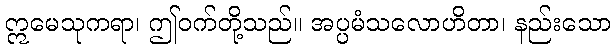
ဣမေသုကရာ၊ ဤဝက်တို့သည်။ အပ္ပမံသလောဟိတာ၊ နည်းသော